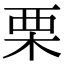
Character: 栗